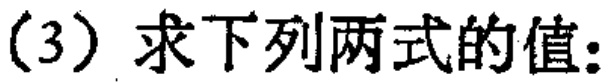
(3) 求下列两式的值: